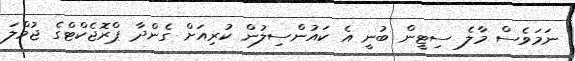
ނަމަވެސް މާލެ ސިޓީން ބުނީ އެ ކައުންސިލުން ކުރިއަށް ގެންދާ ޕްރޮޖެކްޓްގެ ޖުމްލަ